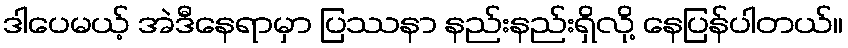
ဒါပေမယ့် အဲဒီနေရာမှာ ပြဿနာ နည်းနည်းရှိလို့ နေပြန်ပါတယ်။